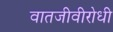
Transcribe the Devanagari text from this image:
वातजीवीरोधी